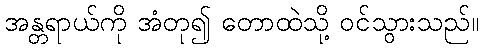
အန္တရာယ်ကို အံတု၍ တောထဲသို့ ဝင်သွားသည်။